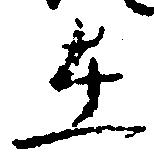
在